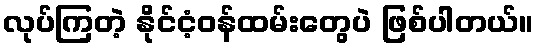
လုပ်ကြတဲ့ နိုင်ငံ့ဝန်ထမ်းတွေပဲ ဖြစ်ပါတယ်။